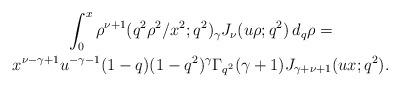
LaTeX: \begin{align*} \begin{gathered} \int_0^x \rho^{\nu+1} ({q^2\rho^2}/{x^2}; q^2)_{\gamma} J_\nu (u\rho; q^2) \,d_q \rho =\\ x^{\nu-\gamma+1} u^{-\gamma-1} (1-q)(1-q^2)^\gamma \Gamma_{q^2}(\gamma + 1)J_{\gamma+\nu +1}(u x; q^2). \end{gathered} \end{align*}